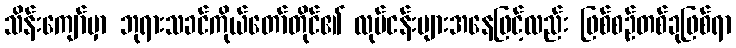
သိန်းကျော်မှာ ဘုရားသခင်ကိုယ်တော်တိုင်၏ လုပ်ငန်းများအနေဖြင့်လည်း ဖြစ်စဉ်တစ်ခုဖြစ်ရာ